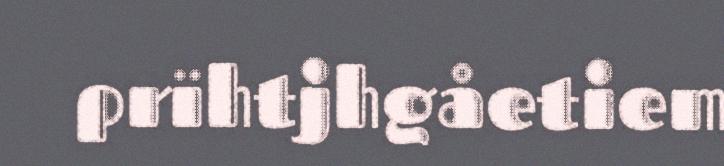
prïhtjhgåetiem